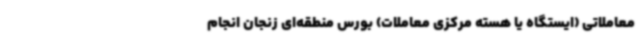
معاملاتی (ایستگاه یا هسته مرکزی معاملات) بورس منطقه‌ای زنجان انجام